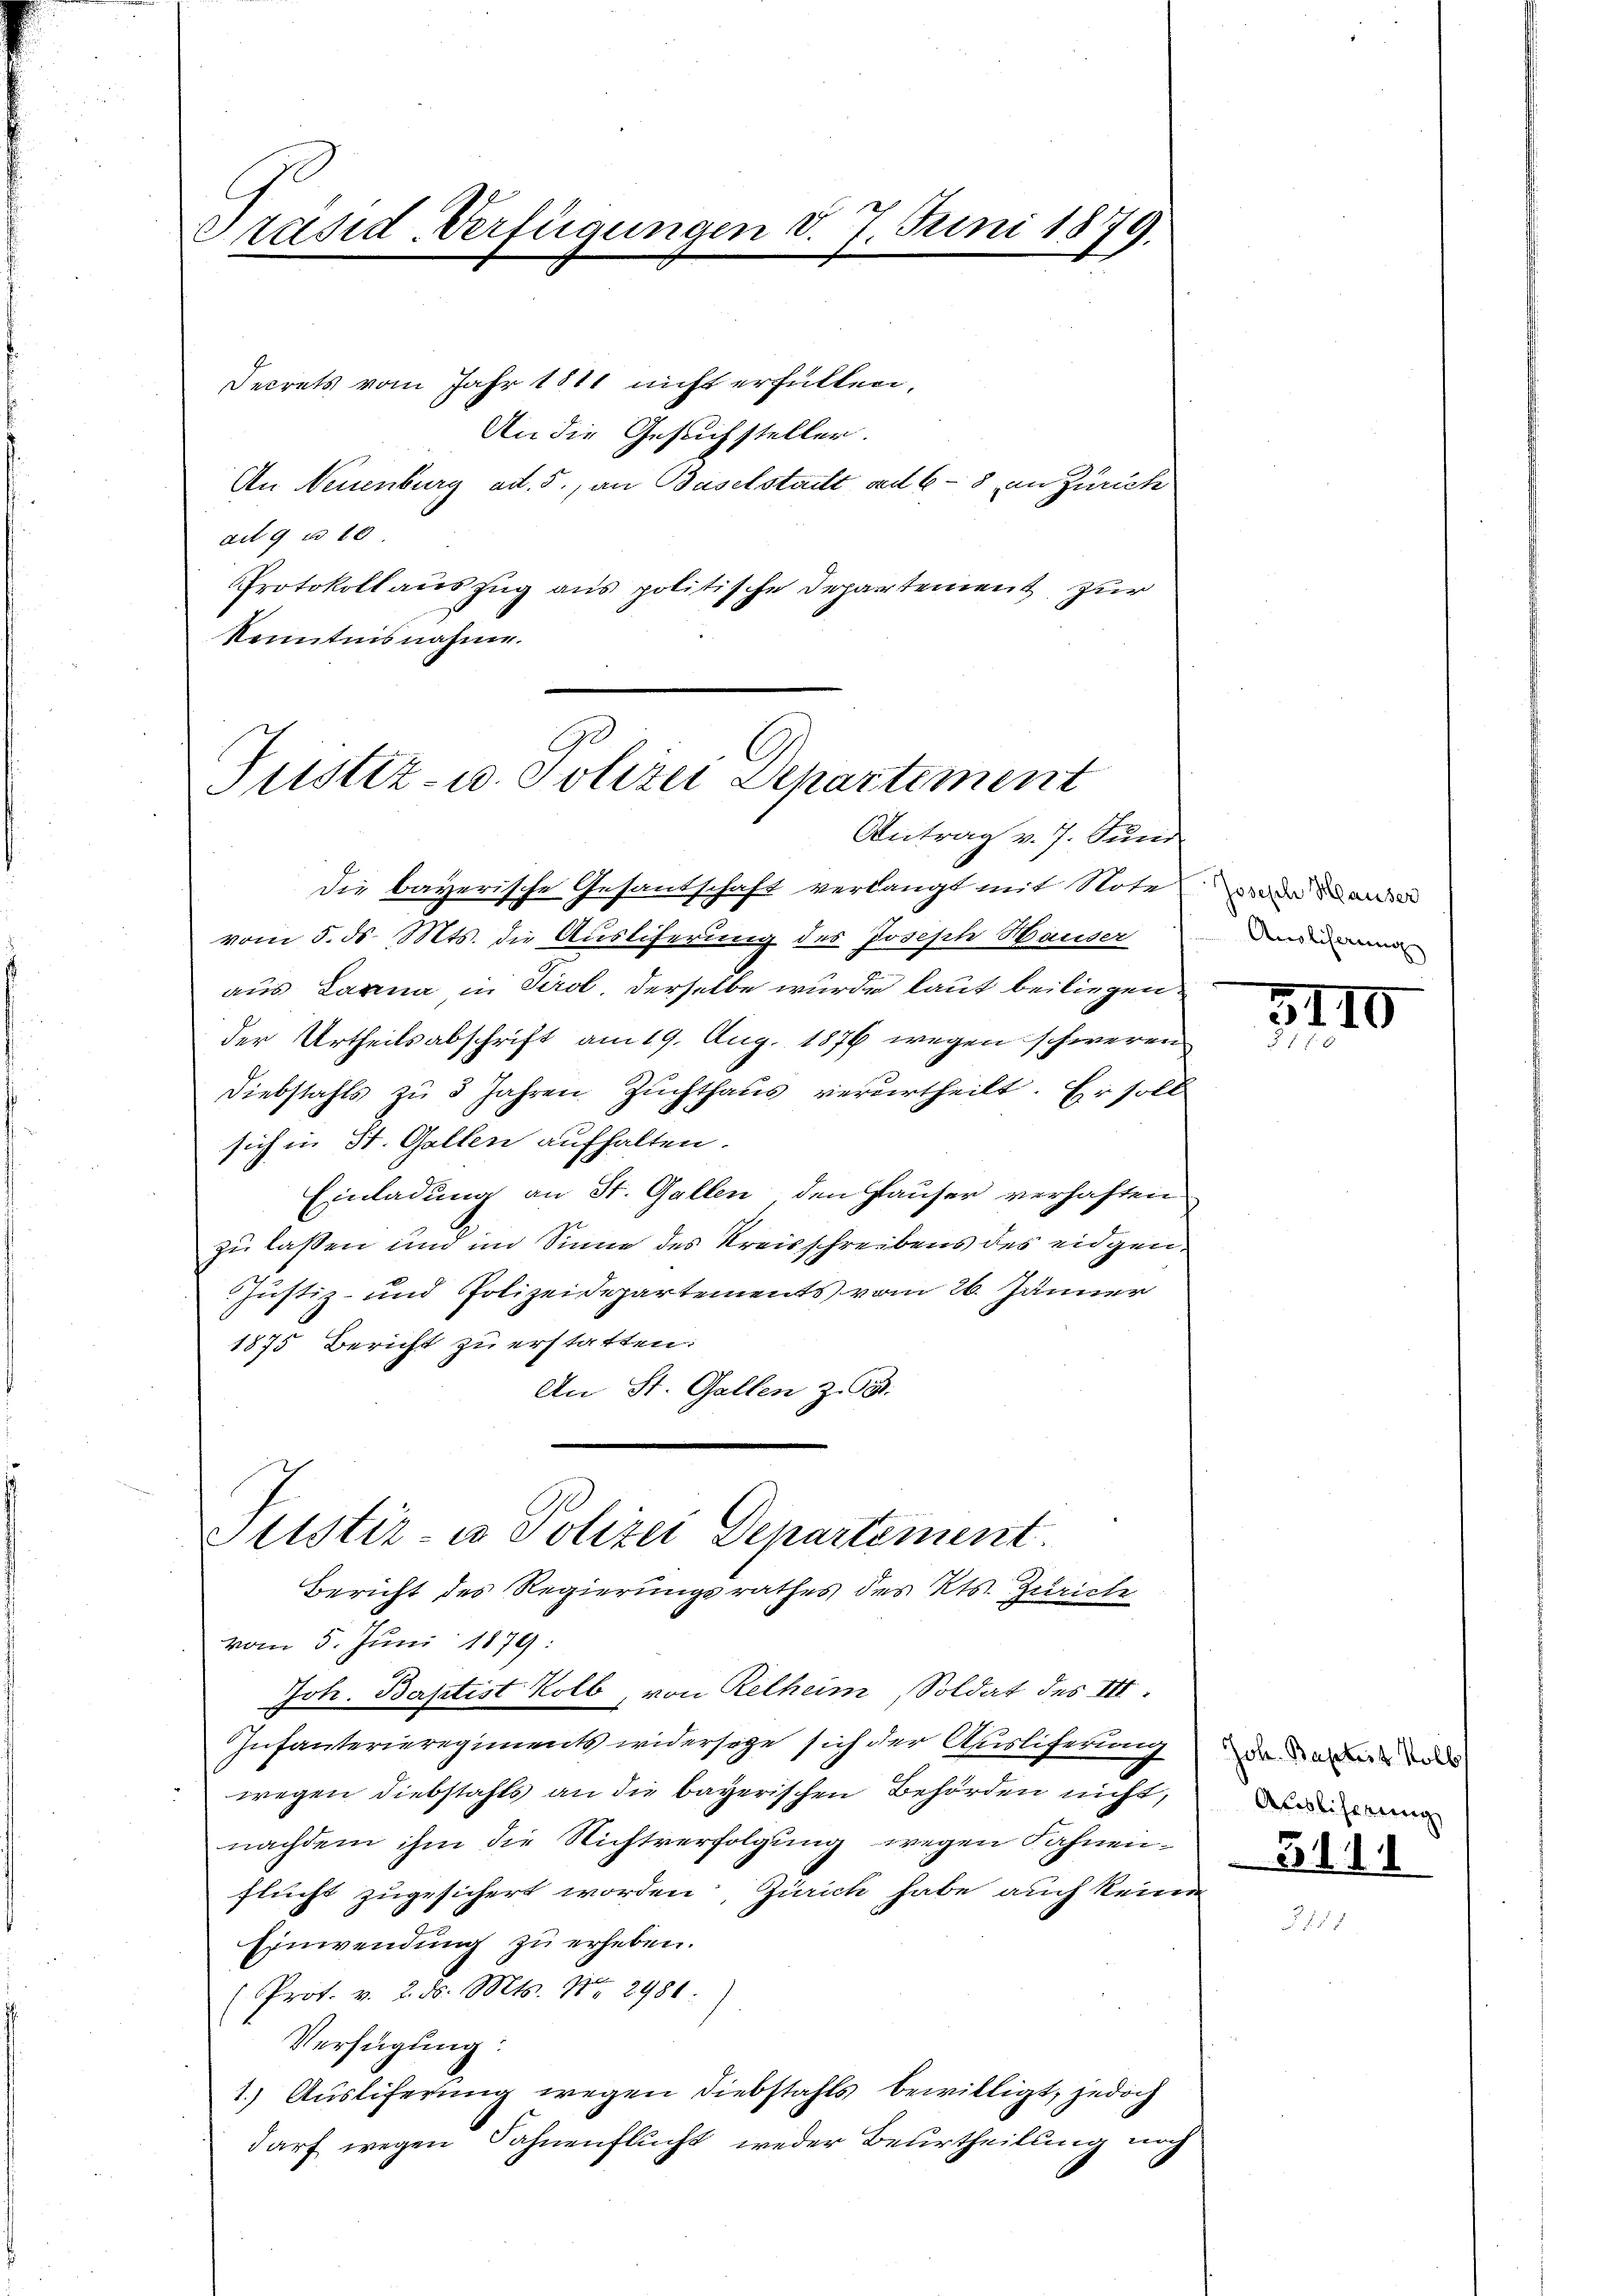
Präsid-Verfügungen d. 7. Juni 1879.

Secrets vom Jahr 1811 nicht erfüllen,
An die Gesuchsteller.
An Neuenburg ad 5., an Baselstatt ad 6 - 8 an Zürich
ai 9 u 16
Protokoll auszug aus politische Departement zur
Kenntnisnahme.

Justiz- u. Polizei Departiment
Antrag v. J. Sund

die bayerische Gesandschaft verlangt mit Note
vom 5. ds. Mts. die Ausliferung des Joseph Hauser
aus Lanna in Tirol, derselbe wurde laut beiliegen.
der Urtheilsabschrift am 19. Aug. 1876 wegen schweren
Diebstahls zu 3 Jahren Zuchthaus verurtheilt. Er soll
sich in St. Gallen aufhalten.
Einladung an St. Gallen den Pauser verhaften
zu lassen und im Sinne des Kreisschreibens des eidgen.
Justiz- und Polizeidepartements vom 26. Jänner
1875 Bericht zu erstatten:
An St. Gallen z. B.
Sistir- u Polizei Departement.
Bericht des Regierungsrathes des Kts. Zürich
vom 5. Juni 1879:
Joh. Baptist Kolb, von Relheim, Soldat des III.
Infanterieregiments widersage sich der Ausliferung
wegen Diebstahls an die bayerischen Behörden nicht,
nachdem ihm die Nichtverfolgung wegen Fahnenflucht zugesichert worden, Zürich habe auch keine
Einwendung zu erheben.
(Prof. v. 2. d. Mts. Nr. 2988
Verfügung:
1.) Ausliferung wegen Diebstahls bewilligt, jedoch
darf wegen Fahnenflucht weder Beurtheilung noch

Joseph Hauser
Angliserung

5110

Joh. Baptist Kolb,
Auslisterung
5111